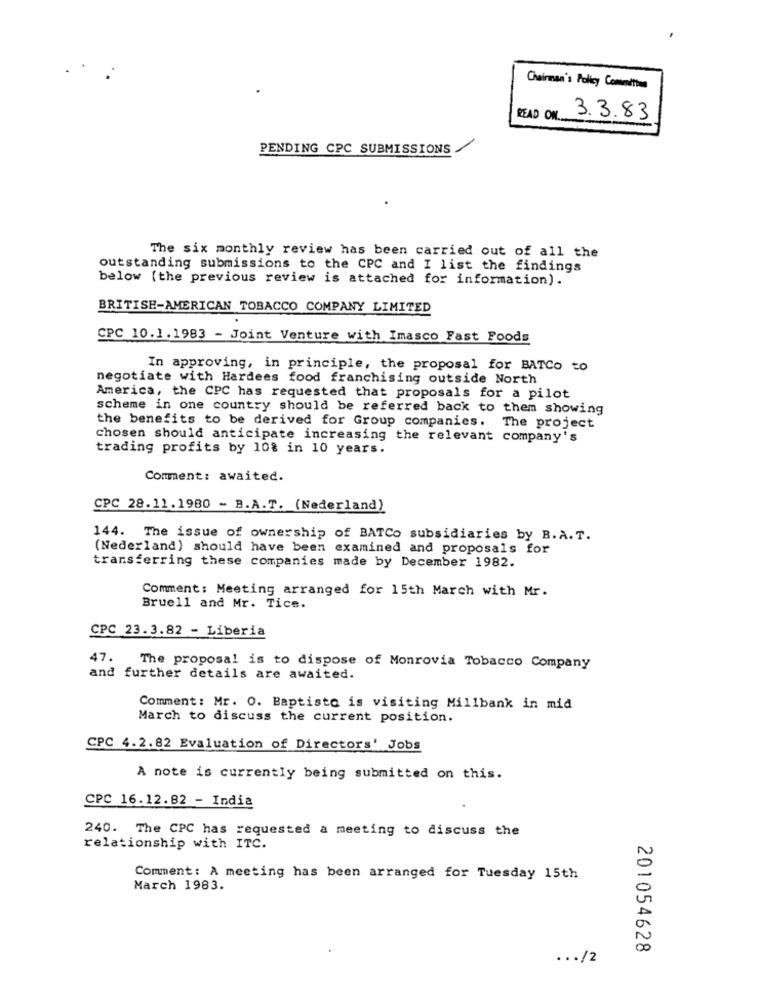
..
Chairman's Policy Committee
READ ON ..
3.3.83
PENDING CPC SUBMISSIONS
The six monthly review has been carried out of all the
outstanding submissions to the CPC and I list the findings
below (the previous review is attached for information).
BRITISH-AMERICAN TOBACCO COMPANY LIMITED
CPC 10.1.1983 - Joint Venture with Imasco Fast Foods
In approving, in principle, the proposal for BATCo to
negotiate with Hardees food franchising outside North
America, the CPC has requested that proposals for a pilot
scheme in one country should be referred back to them showing
the benefits to be derived for Group companies. The project
chosen should anticipate increasing the relevant company's
trading profits by 108 in 10 years.
Comment: awaited.
CPC 28.11.1980 - B.A.T. (Nederland)
144. The issue of ownership of BATCo subsidiaries by B.A.T.
(Nederland) should have been examined and proposals for
transferring these companies made by December 1982.
Comment: Meeting arranged for 15th March with Mr.
Bruell and Mr. Tice.
CPC 23.3.82 - Liberia
47.
The proposal is to dispose of Monrovia Tobacco Company
and further details are awaited.
Comment: Mr. O. Baptista is visiting Millbank in mid
March to discuss the current position.
CPC 4.2.82 Evaluation of Directors' Jobs
A note is currently being submitted on this.
CPC 16.12.82 - India
240. The CPC has requested a meeting to discuss the
relationship with ITC.
0
Comment: A meeting has been arranged for Tuesday 15th
March 1983.
0
00
201054628
... /2